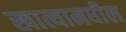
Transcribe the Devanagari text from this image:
खात्यामधील